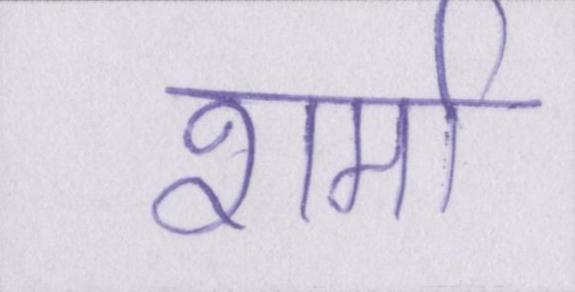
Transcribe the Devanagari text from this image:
शर्मा